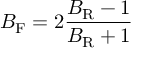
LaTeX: B _ { \mathrm { F } } = 2 { \frac { B _ { \mathrm { R } } - 1 } { B _ { \mathrm { R } } + 1 } }